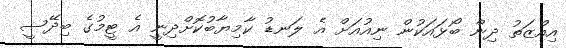
އިއްޒަތު ދިން ބޯޅައަކުން ނިއުއަށް އެ ލަނޑު ކާމިޔާބުކޮށްދިނީ އެ ޓީމުގެ ބިދޭސީ